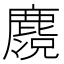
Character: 𪋃